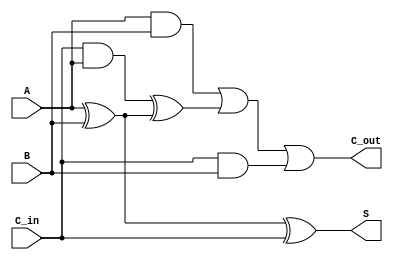
module CarrySaveAdder #(parameter N = 8) (
    input  [N-1:0] A,      // First n-bit input
    input  [N-1:0] B,      // Second n-bit input
    input          C_in,    // Carry input
    output [N-1:0] S,      // Sum output
    output [N-1:0] C_out    // Carry output
);

    // Intermediate wires for carry calculations
    wire [N-1:0] A_and_B;
    wire [N-1:0] A_xor_B;
    wire [N-1:0] C_in_and_A;
    wire [N-1:0] C_in_and_B;

    // Calculate A AND B for carry generation
    assign A_and_B = A & B;

    // Calculate A XOR B for intermediate sum calculation
    assign A_xor_B = A ^ B;

    // Calculate carry contributions from C_in
    assign C_in_and_A = C_in & A;
    assign C_in_and_B = C_in & B;

    // Calculate sum output using XOR
    assign S = A_xor_B ^ C_in;

    // Calculate carry output
    assign C_out = A_and_B | (C_in_and_A ^ A_xor_B) | C_in_and_B;

endmodule